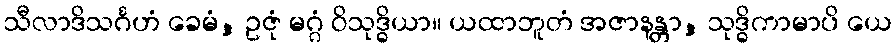
သီလာဒိသင်္ဂဟံ ခေမံ, ဥဇုံ မဂ္ဂံ ဝိသုဒ္ဓိယာ။ ယထာဘူတံ အဇာနန္တာ, သုဒ္ဓိကာမာပိ ယေ